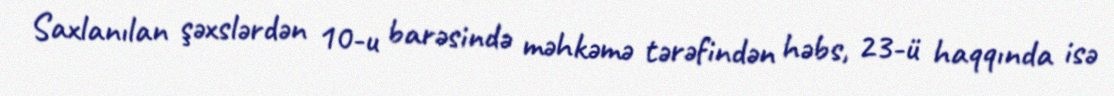
Saxlanılan şəxslərdən 10-u barəsində məhkəmə tərəfindən həbs, 23-ü haqqında isə